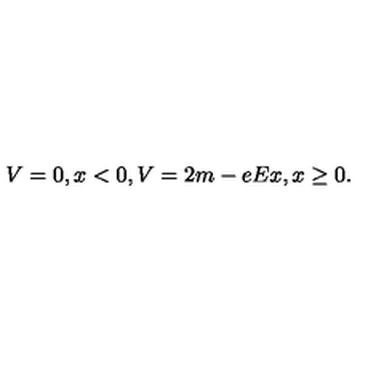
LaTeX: V = 0 , x < 0 , V = 2 m - e E x , x \geq 0 .